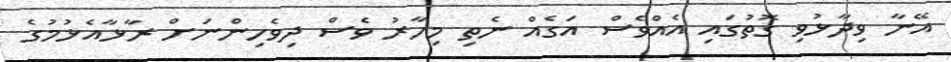
އޭނާ ވިދާޅުވި ގޮތުގައި އެއްވެސް އަގެއް ނެތި މިހާރު ވެސް ދިވެހިންނަށް ރާޅާއެޅުމުގެ